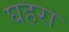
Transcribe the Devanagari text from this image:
घहरा